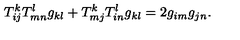
T _ { i j } ^ { k } T _ { m n } ^ { l } g _ { k l } + T _ { m j } ^ { k } T _ { i n } ^ { l } g _ { k l } = 2 g _ { i m } g _ { j n } .